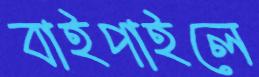
বাইপাইলে